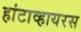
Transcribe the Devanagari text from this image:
हांटाव्हायरस